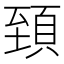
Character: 𩒐